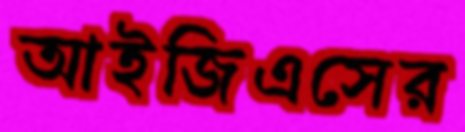
আইজিএসের